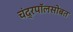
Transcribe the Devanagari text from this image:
चंद्रपॉलसोबत